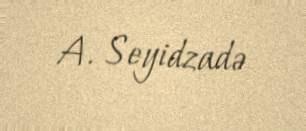
A. Seyidzadə